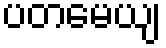
ပတမေယျ